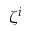
\zeta ^ { i }